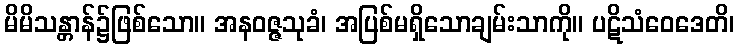
မိမိသန္တာန်၌ဖြစ်သော။ အနဝဇ္ဇသုခံ၊ အပြစ်မရှိသောချမ်းသာကို။ ပဋိသံဝေဒေတိ၊